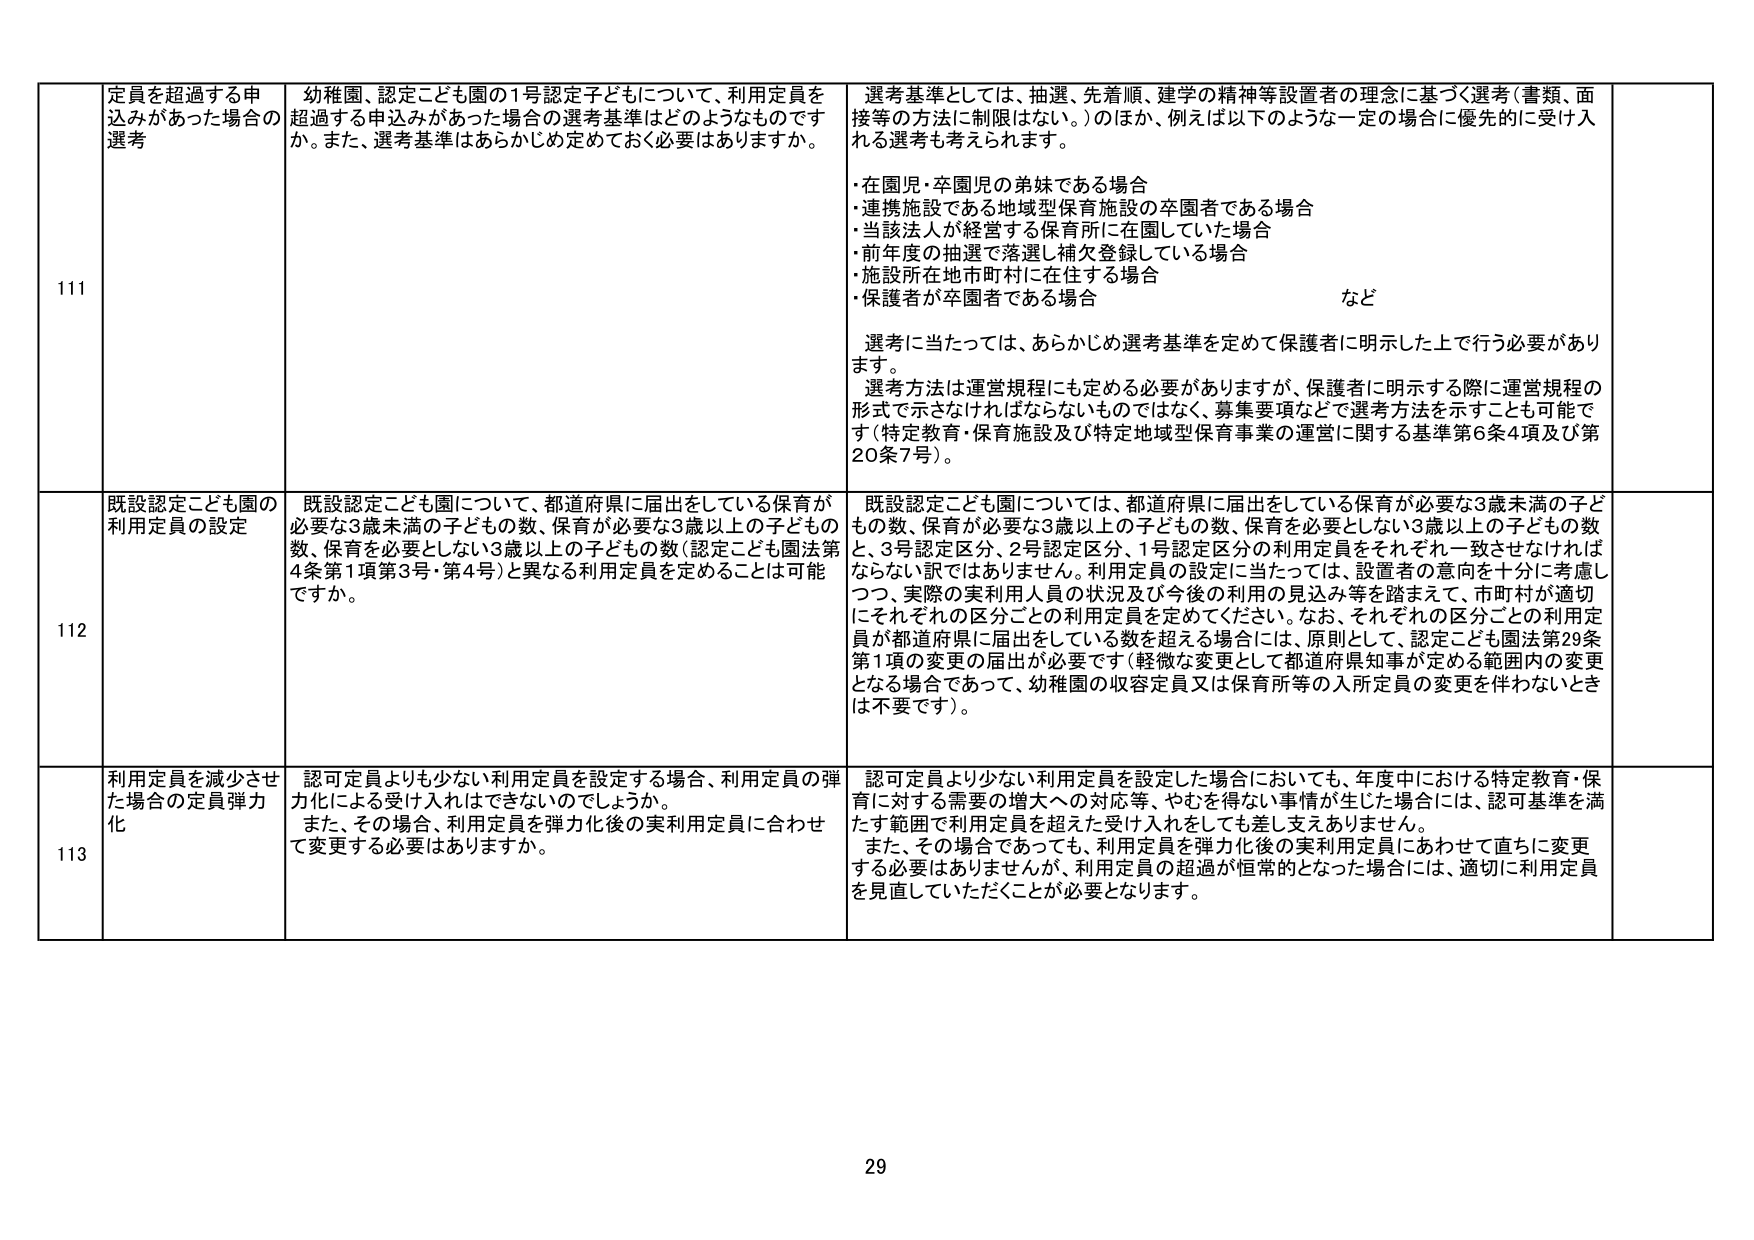
111
定員を超過する申込みがあった場合の選考
幼稚園、認定こども園の1号認定子どもについて、利用定員を超過する申込みがあった場合の選考基準はどのようなものですか。また、選考基準はあらかじめ定めておく必要がありますか。
選考基準としては、抽選、先着順、建学の精神等設置者の理念に基づく選考（書類、面接等の方法に制限はない。）のほか、例えば以下のような一定の場合に優先的に受け入れる選考も考えられます。
・在園児・卒園児の弟妹である場合
・連携施設である地域型保育施設の卒園者である場合
・当該法人が経営する保育所に在園していた場合
・前年度の抽選で落選し補欠登録している場合
・施設所在地市町村に在住する場合
・保護者が卒園者である場合
など
選考に当たっては、あらかじめ選考基準を定めて保護者に明示した上で行う必要があります。
選考方法は運営規程にも定める必要がありますが、保護者に明示する際に運営規程の形式で示さなければならないものではなく、募集要項などで選考方法を示すことも可能です（特定教育・保育施設及び特定地域型保育事業の運営に関する基準第6条4項及び第20条7号）。

112
既設認定こども園の利用定員の設定
既設認定こども園について、都道府県に届出をしている保育が必要な3歳未満の子どもの数、保育が必要な3歳以上の子どもの数、保育を必要としない3歳以上の子どもの数（認定こども園法第4条第1項第3号・第4号）と異なる利用定員を定めることは可能ですか。
既設認定こども園については、都道府県に届出をしている保育が必要な3歳未満の子どもの数、保育が必要な3歳以上の子どもの数、保育を必要としない3歳以上の子どもの数と、3号認定区分、2号認定区分、1号認定区分の利用定員をそれぞれ一致させなければならない訳ではありません。利用定員の設定に当たっては、設置者の意向を十分に考慮しつつ、実際の実利用人員の状況及び今後の利用の見込み等を踏まえて、市町村が適切にそれぞれの区分ごとの利用定員を定めてください。なお、それぞれの区分ごとの利用定員が都道府県に届出をしている数を超える場合には、原則として、認定こども園法第29条第1項の変更の届出が必要です（軽微な変更として都道府県知事が定める範囲内の変更となる場合であって、幼稚園の収容定員又は保育所等の入所定員の変更を伴わないときは不要です）。

113
利用定員を減少させた場合の定員弾力化
認可定員よりも少ない利用定員を設定する場合、利用定員の弾力化による受け入れはできないのでしょうか。また、その場合、利用定員を弾力化後の実利用定員に合わせて変更する必要がありますか。
認可定員より少ない利用定員を設定した場合においても、年度中における特定教育・保育に対する需要の増大への対応等、やむを得ない事情が生じた場合には、認可基準を満たす範囲で利用定員を超えた受け入れをしても差し支えありません。
また、その場合であっても、利用定員を弾力化後の実利用定員にあわせて直ちに変更する必要はありませんが、利用定員の超過が恒常的となった場合には、適切に利用定員を見直していただくことが必要となります。

29